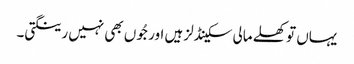
یہاں تو کھلے مالی سکینڈلز ہیں اور جُوں بھی نہیں رینگتی۔